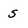
Character: S